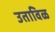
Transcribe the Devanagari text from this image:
उताविळ